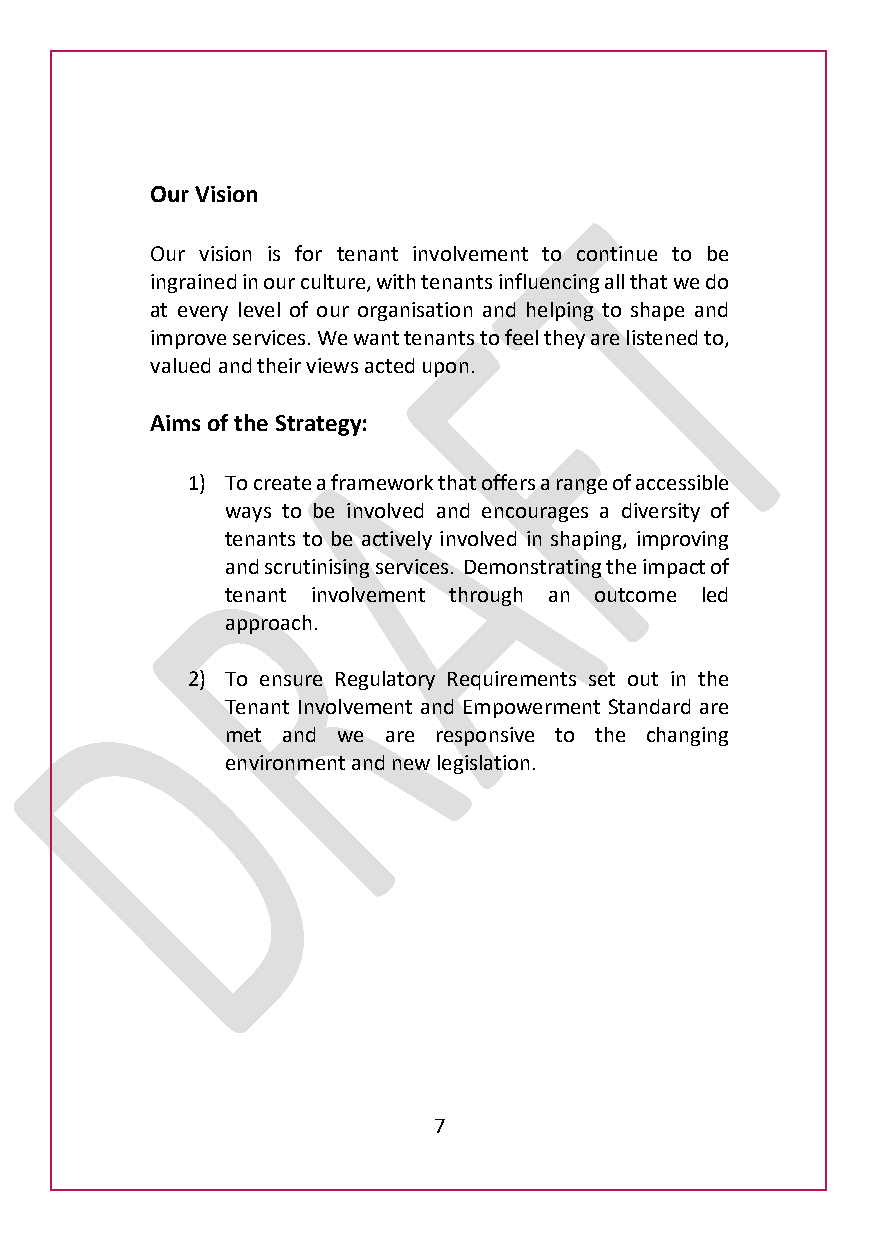
Our Vision
 Our vision is for tenant involvement to continue to be
 ingrained in our culture, with tenants influencing all that we do
 at every level of our organisation and helping to shape and
 improve services. We want tenants to feel they are listened to,
 valued and their views acted upon.
 Aims of the Strategy:
 1) To create a framework that offers a range of accessible
 ways to be involved and encourages a diversity of
 tenants to be actively involved in shaping, improving
 and scrutinising services. Demonstrating the impact of
 tenant involvement through an outcome led
 approach.
 2) To ensure Regulatory Requirements set out in the
 Tenant Involvement and Empowerment Standard are
 met and we are responsive to the changing
 environment and new legislation.
 7